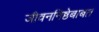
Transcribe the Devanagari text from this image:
जीवननिष्ठेबाबत